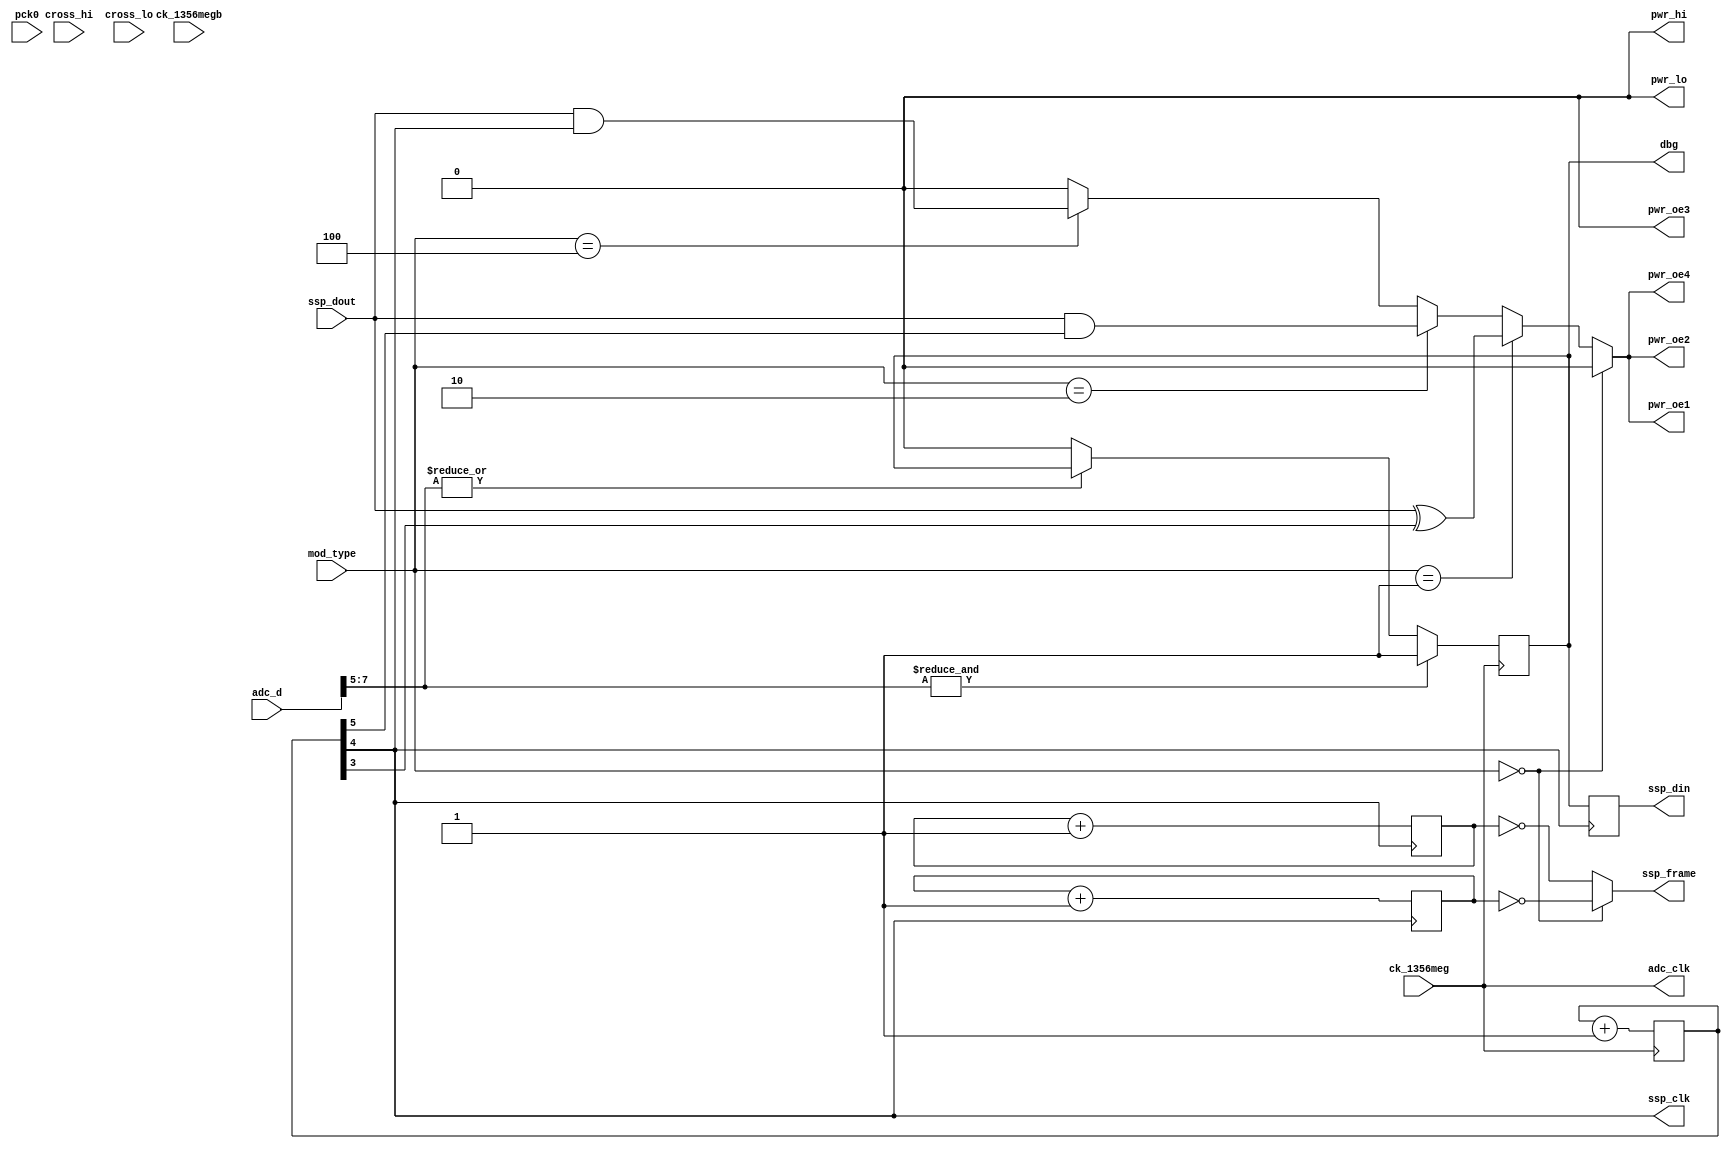
module hi_simulate_1(
    pck0, ck_1356meg, ck_1356megb,
    pwr_lo, pwr_hi, pwr_oe1, pwr_oe2, pwr_oe3, pwr_oe4,
    adc_d, adc_clk,
    ssp_frame, ssp_din, ssp_dout, ssp_clk,
    cross_hi, cross_lo,
    dbg,
    mod_type
);
    input pck0, ck_1356meg, ck_1356megb;
    output pwr_lo, pwr_hi, pwr_oe1, pwr_oe2, pwr_oe3, pwr_oe4;
    input [7:0] adc_d;
    output adc_clk;
    input ssp_dout;
    output ssp_frame, ssp_din, ssp_clk;
    input cross_hi, cross_lo;
    output dbg;
    input [2:0] mod_type;
assign pwr_hi = 1'b0;
assign pwr_lo = 1'b0;
reg after_hysteresis;
assign adc_clk = ck_1356meg;
always @(negedge adc_clk)
begin
    if(& adc_d[7:5]) after_hysteresis = 1'b1;
    else if(~(| adc_d[7:5])) after_hysteresis = 1'b0;
end
reg [6:0] ssp_clk_divider;
always @(posedge adc_clk)
    ssp_clk_divider <= (ssp_clk_divider + 1);
assign ssp_clk = ssp_clk_divider[4];
reg [2:0] ssp_frame_divider_to_arm;
always @(posedge ssp_clk)
    ssp_frame_divider_to_arm <= (ssp_frame_divider_to_arm + 1);
reg [2:0] ssp_frame_divider_from_arm;
always @(negedge ssp_clk)
    ssp_frame_divider_from_arm <= (ssp_frame_divider_from_arm + 1);
reg ssp_frame;
always @(ssp_frame_divider_to_arm or ssp_frame_divider_from_arm or mod_type)
    if(mod_type == 3'b000) 
        ssp_frame = (ssp_frame_divider_to_arm == 3'b000);
    else
        ssp_frame = (ssp_frame_divider_from_arm == 3'b000);
reg ssp_din;
always @(posedge ssp_clk)
    ssp_din = after_hysteresis;
reg modulating_carrier;
always @(mod_type or ssp_clk or ssp_dout)
    if(mod_type == 3'b000)
        modulating_carrier <= 1'b0;                          
    else if(mod_type == 3'b001)
        modulating_carrier <= ssp_dout ^ ssp_clk_divider[3]; 
    else if(mod_type == 3'b010)
	modulating_carrier <= ssp_dout & ssp_clk_divider[5]; 
    else if(mod_type == 3'b100)
	modulating_carrier <= ssp_dout & ssp_clk_divider[4]; 
    else
        modulating_carrier <= 1'b0;                           
assign pwr_oe2 = modulating_carrier;
assign pwr_oe1 = modulating_carrier;
assign pwr_oe4 = modulating_carrier;
assign pwr_oe3 = 1'b0;
assign dbg = after_hysteresis;
endmodule